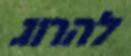
להרוג